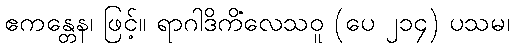
ဧကန္တေန၊ ဖြင့်။ ရာဂါဒိကိလေသဝူ (ပေ ၂၁၄) ပသမံ၊